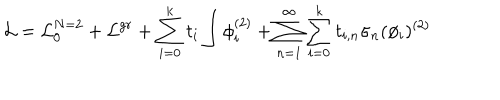
{ \cal L } = { \cal L } _ { 0 } ^ { N = 2 } + { \cal L } ^ { g r } + \sum _ { i = 0 } ^ { k } t _ { i } \int \phi _ { i } ^ { ( 2 ) } + \sum _ { n = 1 } ^ { \infty } \sum _ { i = 0 } ^ { k } t _ { i , n } \sigma _ { n } ( \phi _ { i } ) ^ { ( 2 ) }